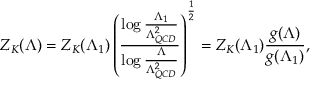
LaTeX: Z _ { K } ( \Lambda ) = Z _ { K } ( \Lambda _ { 1 } ) \left( { \frac { \log { \frac { \Lambda _ { 1 } } { \Lambda _ { Q C D } ^ { 2 } } } } { \log { \frac { \Lambda } { \Lambda _ { Q C D } ^ { 2 } } } } } \right) ^ { \frac { 1 } { 2 } } = Z _ { K } ( \Lambda _ { 1 } ) { \frac { g ( \Lambda ) } { g ( \Lambda _ { 1 } ) } } ,